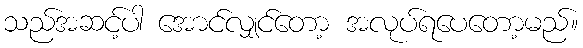
သည်အဆင့်ပါ အောင်လျှင်တော့ အလုပ်ရပေတော့မည်။